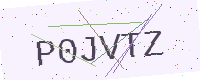
Text: P0JVTZ